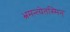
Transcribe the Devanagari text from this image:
भ्रमन्त्येतस्मिन्